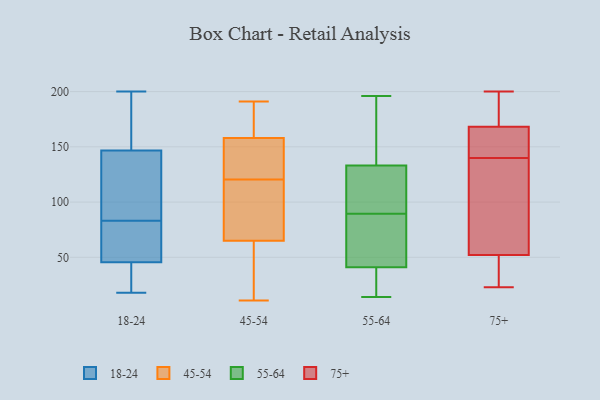
{"axis": {"x": "Conversion Rate (%)", "y": "Value"}, "legend": ["18-24", "45-54", "55-64", "75+"], "data": [{"x": "", "y": 50, "type": "18-24"}, {"x": "", "y": 109, "type": "18-24"}, {"x": "", "y": 18, "type": "18-24"}, {"x": "", "y": 131, "type": "18-24"}, {"x": "", "y": 74, "type": "18-24"}, {"x": "", "y": 109, "type": "18-24"}, {"x": "", "y": 152, "type": "18-24"}, {"x": "", "y": 83, "type": "18-24"}, {"x": "", "y": 200, "type": "18-24"}, {"x": "", "y": 78, "type": "18-24"}, {"x": "", "y": 44, "type": "18-24"}, {"x": "", "y": 22, "type": "18-24"}, {"x": "", "y": 166, "type": "18-24"}, {"x": "", "y": 68, "type": "18-24"}, {"x": "", "y": 173, "type": "18-24"}, {"x": "", "y": 26, "type": "18-24"}, {"x": "", "y": 198, "type": "18-24"}, {"x": "", "y": 34, "type": "18-24"}, {"x": "", "y": 117, "type": "18-24"}, {"x": "", "y": 42, "type": "45-54"}, {"x": "", "y": 117, "type": "45-54"}, {"x": "", "y": 124, "type": "45-54"}, {"x": "", "y": 182, "type": "45-54"}, {"x": "", "y": 65, "type": "45-54"}, {"x": "", "y": 131, "type": "45-54"}, {"x": "", "y": 94, "type": "45-54"}, {"x": "", "y": 158, "type": "45-54"}, {"x": "", "y": 11, "type": "45-54"}, {"x": "", "y": 134, "type": "45-54"}, {"x": "", "y": 18, "type": "45-54"}, {"x": "", "y": 145, "type": "45-54"}, {"x": "", "y": 83, "type": "45-54"}, {"x": "", "y": 69, "type": "45-54"}, {"x": "", "y": 191, "type": "45-54"}, {"x": "", "y": 158, "type": "45-54"}, {"x": "", "y": 14, "type": "45-54"}, {"x": "", "y": 187, "type": "45-54"}, {"x": "", "y": 105, "type": "55-64"}, {"x": "", "y": 38, "type": "55-64"}, {"x": "", "y": 22, "type": "55-64"}, {"x": "", "y": 45, "type": "55-64"}, {"x": "", "y": 104, "type": "55-64"}, {"x": "", "y": 164, "type": "55-64"}, {"x": "", "y": 14, "type": "55-64"}, {"x": "", "y": 66, "type": "55-64"}, {"x": "", "y": 188, "type": "55-64"}, {"x": "", "y": 79, "type": "55-64"}, {"x": "", "y": 160, "type": "55-64"}, {"x": "", "y": 61, "type": "55-64"}, {"x": "", "y": 116, "type": "55-64"}, {"x": "", "y": 131, "type": "55-64"}, {"x": "", "y": 26, "type": "55-64"}, {"x": "", "y": 100, "type": "55-64"}, {"x": "", "y": 21, "type": "55-64"}, {"x": "", "y": 44, "type": "55-64"}, {"x": "", "y": 196, "type": "55-64"}, {"x": "", "y": 135, "type": "55-64"}, {"x": "", "y": 162, "type": "75+"}, {"x": "", "y": 28, "type": "75+"}, {"x": "", "y": 200, "type": "75+"}, {"x": "", "y": 140, "type": "75+"}, {"x": "", "y": 163, "type": "75+"}, {"x": "", "y": 23, "type": "75+"}, {"x": "", "y": 189, "type": "75+"}, {"x": "", "y": 121, "type": "75+"}, {"x": "", "y": 64, "type": "75+"}, {"x": "", "y": 48, "type": "75+"}, {"x": "", "y": 170, "type": "75+"}]}